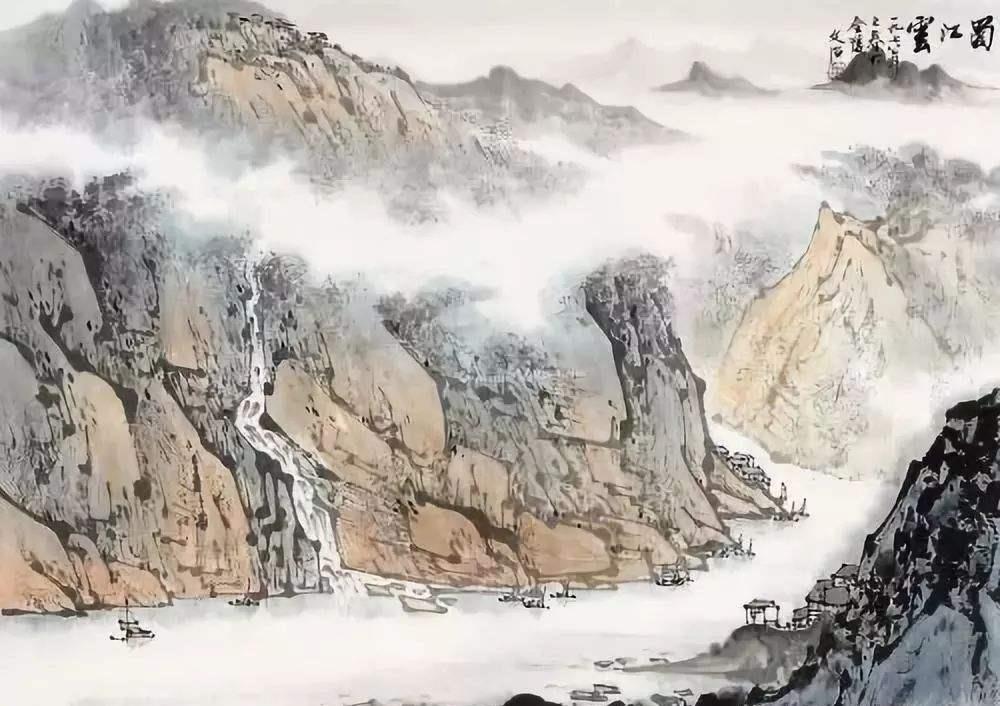
何处它年寄此生，山中江上总关情。